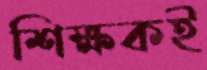
শিক্ষকই